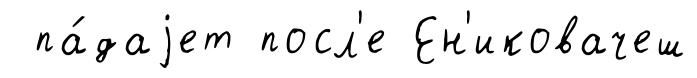
па́даjет посл'е Ен'иковачеш